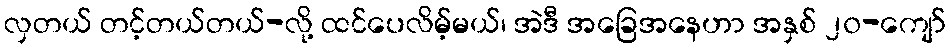
လှတယ် တင့်တယ်တယ်-လို့ ထင်ပေလိမ့်မယ်၊ အဲဒီ အခြေအနေဟာ အနှစ် ၂၀-ကျော်